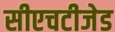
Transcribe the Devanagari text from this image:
सीएचटीजेड